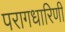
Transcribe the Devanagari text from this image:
परागधारिणी